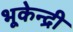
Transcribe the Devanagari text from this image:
भूकेन्द्री